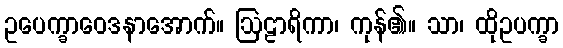
ဥပေက္ခာဝေဒနာအောက်။ ဩဠာရိကာ၊ ကုန်၏။ သာ၊ ထိုဥပက္ခာ